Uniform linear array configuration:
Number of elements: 4
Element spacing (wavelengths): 0.75
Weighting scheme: exponential
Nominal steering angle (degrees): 0
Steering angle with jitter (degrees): -1.895
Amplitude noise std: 0.05
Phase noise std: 0.05

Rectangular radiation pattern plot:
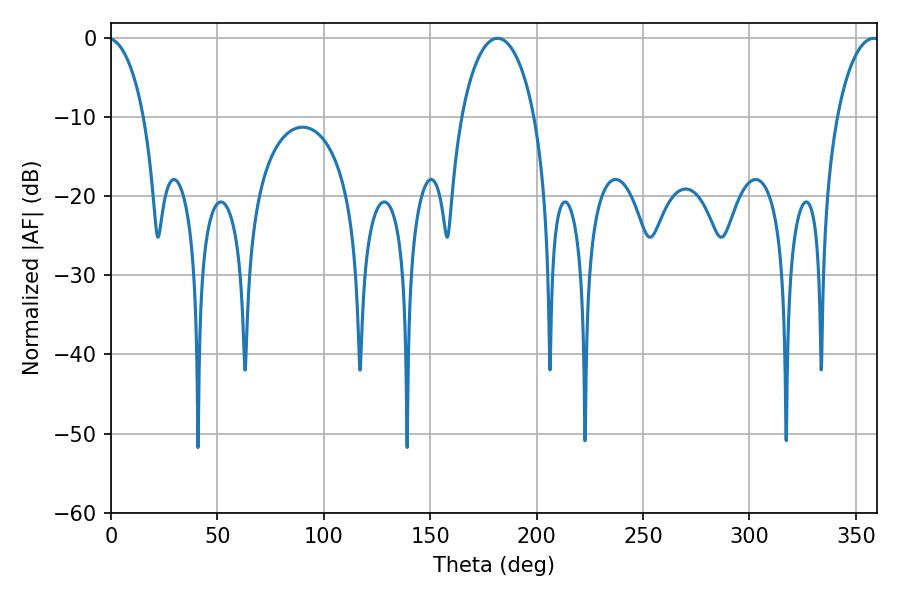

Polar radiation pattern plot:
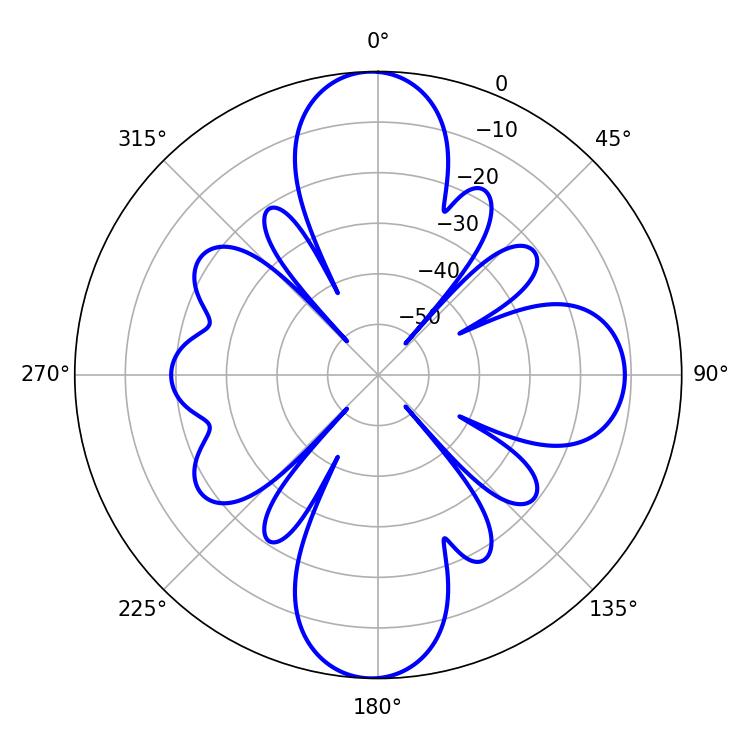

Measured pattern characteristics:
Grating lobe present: TRUE
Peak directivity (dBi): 26.14
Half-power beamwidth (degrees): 19.62
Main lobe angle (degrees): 181.62